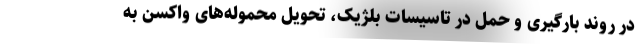
در روند بارگیری و حمل در تاسیسات بلژیک، تحویل محموله‌های واکسن به